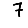
Digit: 7